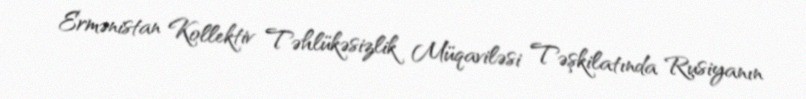
Ermənistan Kollektiv Təhlükəsizlik Müqaviləsi Təşkilatında Rusiyanın